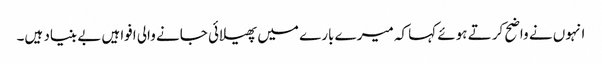
انہوں نے واضح کرتے ہوئے کہا کہ میرے بارے میں پھیلائی جانے والی افواہیں بے بنیاد ہیں۔